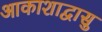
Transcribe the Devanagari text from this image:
आकाशाद्वासु